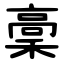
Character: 稾